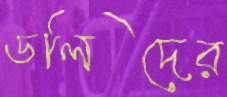
ডলিদের